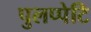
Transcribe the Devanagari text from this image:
पुलप्पेटि